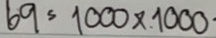
69 = 1000 x 1000